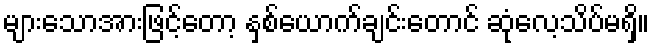
များသောအားဖြင့်တော့ နှစ်ယောက်ချင်းတောင် ဆုံလေ့သိပ်မရှိ။